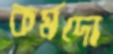
কর্মদো